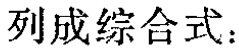
列成综合式：